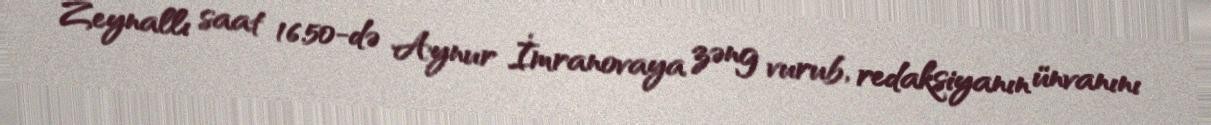
Zeynallı saat 16.50-də Aynur İmranovaya zəng vurub, redaksiyanın ünvanını